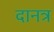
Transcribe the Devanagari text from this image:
दानत्र